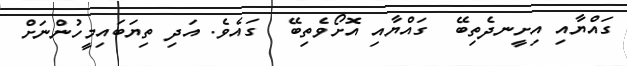
ގައްޔާއި އިށީނދެތިބޭ  ގައްޔާއި އޮށޯވެތިބޭ  ގައެވެ. އަދި ތިޔަބައިމީހުންނަށް